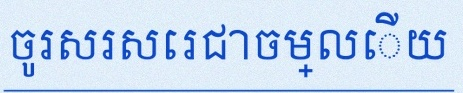
ចូរសរសេរជាចម្លើយ